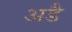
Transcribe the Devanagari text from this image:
अडै